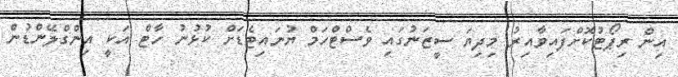
އިން ރިޕޯޓުކޮށްފައިވާއިރު މިދިޔަ ސީޒަނުގައި ވެސްޓްހަމް ޔުނައިޓެޑަށް ކުޅުނު ހާޓް އަކީ އިންގްލޭންޑުން